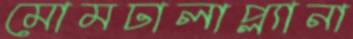
মোমঢালাপ্ল্যানা